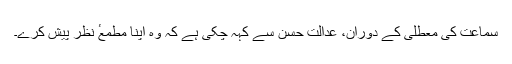
​سماعت کی معطلی کے دوران، عدالت حسن سے کہہ چکی ہے کہ وہ اپنا مطمعٴ نظر پیش کرے۔